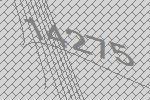
14275